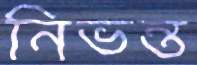
নিভন্ত